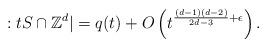
LaTeX: \begin{align*} : tS \cap \mathbb{Z}^d| = q(t) + O \left(t^{\frac{(d-1)(d-2)}{ 2d-3} + \epsilon} \right).\end{align*}